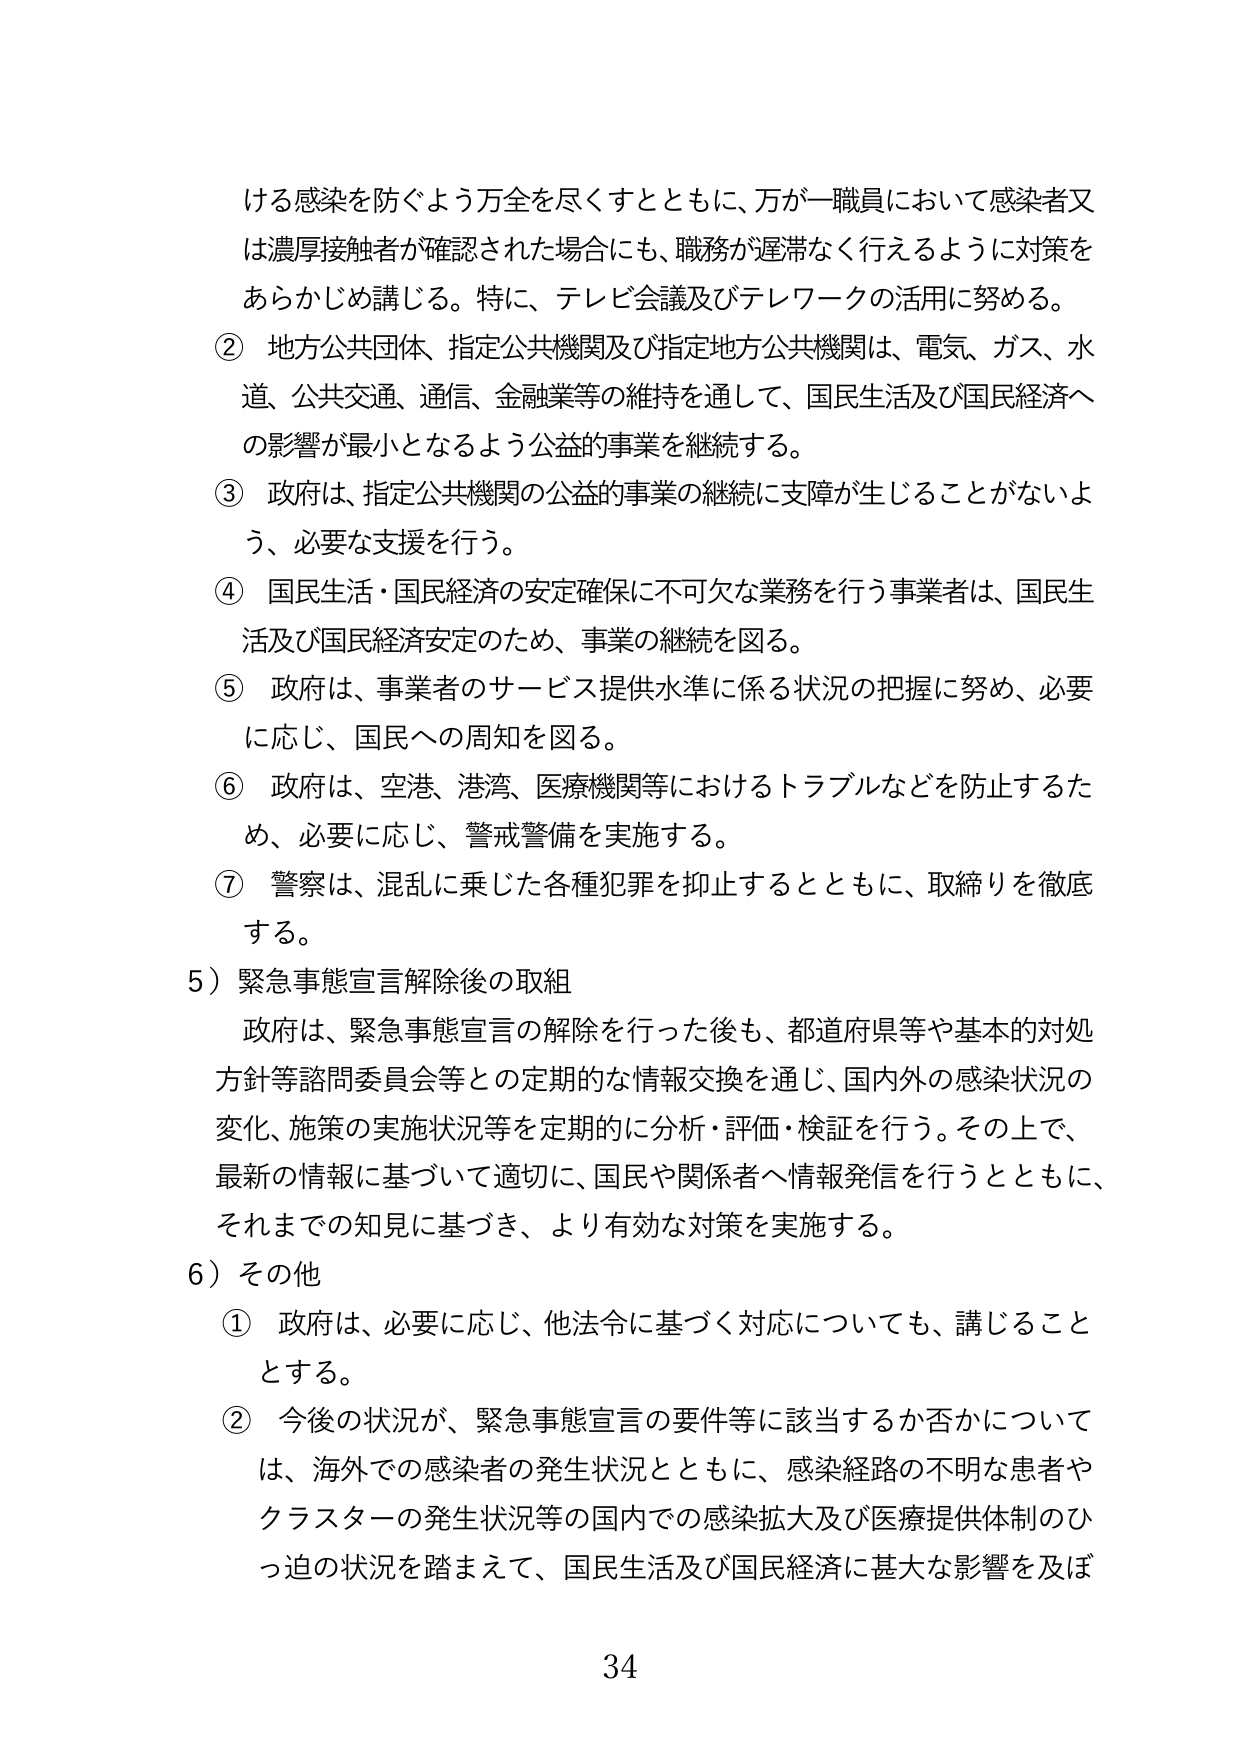
ける感染を防ぐよう万全を尽くすとともに、万が一職員において感染者又は濃厚接触者が確認された場合にも、職務が遅滞なく行えるように対策をあらかじめ講じる。特に、テレビ会議及びテレワークの活用に努める。

② 地方公共団体、指定公共機関及び指定地方公共機関は、電気、ガス、水道、公共交通、通信、金融業等の維持を通して、国民生活及び国民経済への影響が最小となるよう公益的事業を継続する。

③ 政府は、指定公共機関の公益的事業の継続に支障が生じることがないよう、必要な支援を行う。

④ 国民生活・国民経済の安定確保に不可欠な業務を行う事業者は、国民生活及び国民経済安定のため、事業の継続を図る。

⑤ 政府は、事業者のサービス提供水準に係る状況の把握に努め、必要に応じ、国民への周知を図る。

⑥ 政府は、空港、港湾、医療機関等におけるトラブルなどを防止するため、必要に応じ、警戒警備を実施する。

⑦ 警察は、混乱に乗じた各種犯罪を抑止するとともに、取締りを徹底する。

5）緊急事態宣言解除後の取組
政府は、緊急事態宣言の解除を行った後も、都道府県等や基本的対処方針等諮問委員会等との定期的な情報交換を通じ、国内外の感染状況の変化、施策の実施状況等を定期的に分析・評価・検証を行う。その上で、最新の情報に基づいて適切に、国民や関係者へ情報発信を行うとともに、それまでの知見に基づき、より有効な対策を実施する。

6）その他
① 政府は、必要に応じ、他法令に基づく対応についても、講じることとする。

② 今後の状況が、緊急事態宣言の要件等に該当するか否かについては、海外での感染者の発生状況とともに、感染経路の不明な患者やクラスターの発生状況等の国内での感染拡大及び医療提供体制のひっ迫の状況を踏まえて、国民生活及び国民経済に甚大な影響を及ぼ

34